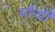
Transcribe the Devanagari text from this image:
बॉन्डी